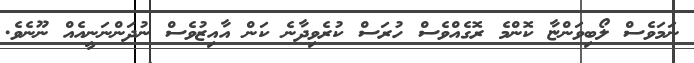
ނަމަވެސް ލޯބިވަންޏާ ކޮންމެ ރޮގެއްވެސް ހުރަސް ކުރެވިދާނެ ކަން އާއިޒުވެސް ނުދަންނަނީއެއް ނޫނެވެ.